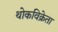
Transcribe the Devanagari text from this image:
थोकविक्रेता